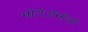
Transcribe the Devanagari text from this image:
मॊंटेज़ेमॊलॊ